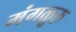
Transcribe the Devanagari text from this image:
मंगळूरु